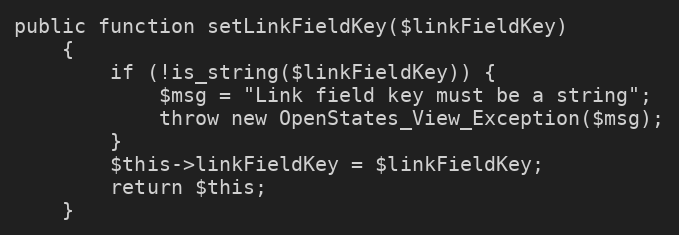
Language: PHP
public function setLinkFieldKey($linkFieldKey)
    {
        if (!is_string($linkFieldKey)) {
            $msg = "Link field key must be a string";
            throw new OpenStates_View_Exception($msg);
        }
        $this->linkFieldKey = $linkFieldKey;
        return $this;
    }